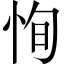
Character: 恂